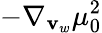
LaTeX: -\nabla_{\mathbf{v}_{w}}\mu_{0}^{2}